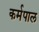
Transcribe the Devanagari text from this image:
कर्मपाल